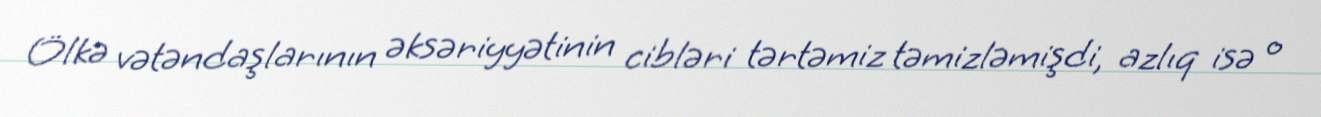
Ölkə vətəndaşlarının əksəriyyətinin cibləri tərtəmiz təmizləmişdi, azlıq isə o